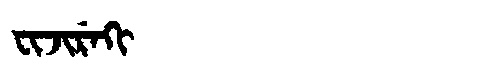
Manchu: ᠸᡳᠵᡳᡵᡝᡴᡳ
Romanization: FIJIREKI